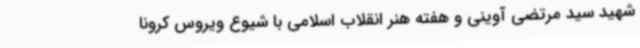
شهید سید مرتضی آوینی و هفته هنر انقلاب اسلامی با شیوع ویروس کرونا